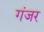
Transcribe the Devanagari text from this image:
गंजर